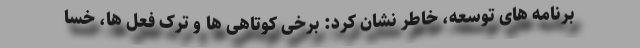
برنامه های توسعه، خاطر نشان کرد: برخی کوتاهی ها و ترک فعل ها، خسا